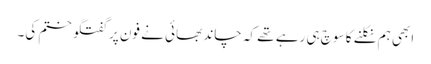
ابھی ہم نکلنے کا سوچ ہی رہے تھے کہ چاند بھائی نے فون پر گفتگو ختم کی۔